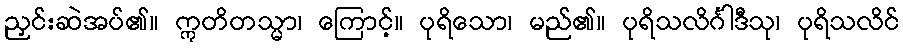
ညှင်းဆဲအပ်၏။ ဣတိတသ္မာ၊ ကြောင့်။ ပုရိသော၊ မည်၏။ ပုရိသလိင်္ဂါဒီသု၊ ပုရိသလိင်